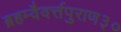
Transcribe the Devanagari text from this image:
ब्रहम्वैवर्त्तपुराण३०